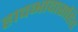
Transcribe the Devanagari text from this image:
हावभावासहित